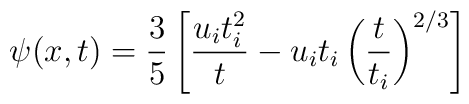
\psi(x,t) = \frac{3}{5}\left[\frac{u_i t_i^2}{t} - u_i t_i \left(\frac{t}{t_i}\right)^{2/3}\right]